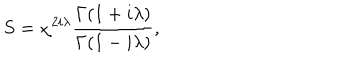
S = \chi ^ { 2 i \lambda } \frac { \Gamma ( 1 + i \lambda ) } { \Gamma ( 1 - i \lambda ) } ,